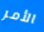
الأمر